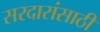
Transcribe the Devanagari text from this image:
सरदारांसाठी